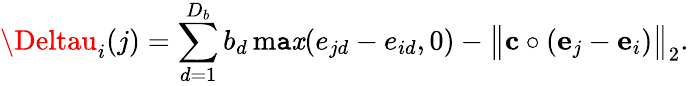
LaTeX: \Deltau_{i}(j)=\sum_{d=1}^{D_{b}}b_{d}\operatorname*{m\mathtt{a}\mathit{x}}(e_{jd}-e_{id},0)-\big\| {\mathbf{{c}}}\circ({\mathbf{{e}}}_{j}-{\mathbf{{e}}}_{i})\big\| _{2}.